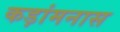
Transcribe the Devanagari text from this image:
कड़ांमनास